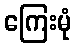
ကြေးမုံ